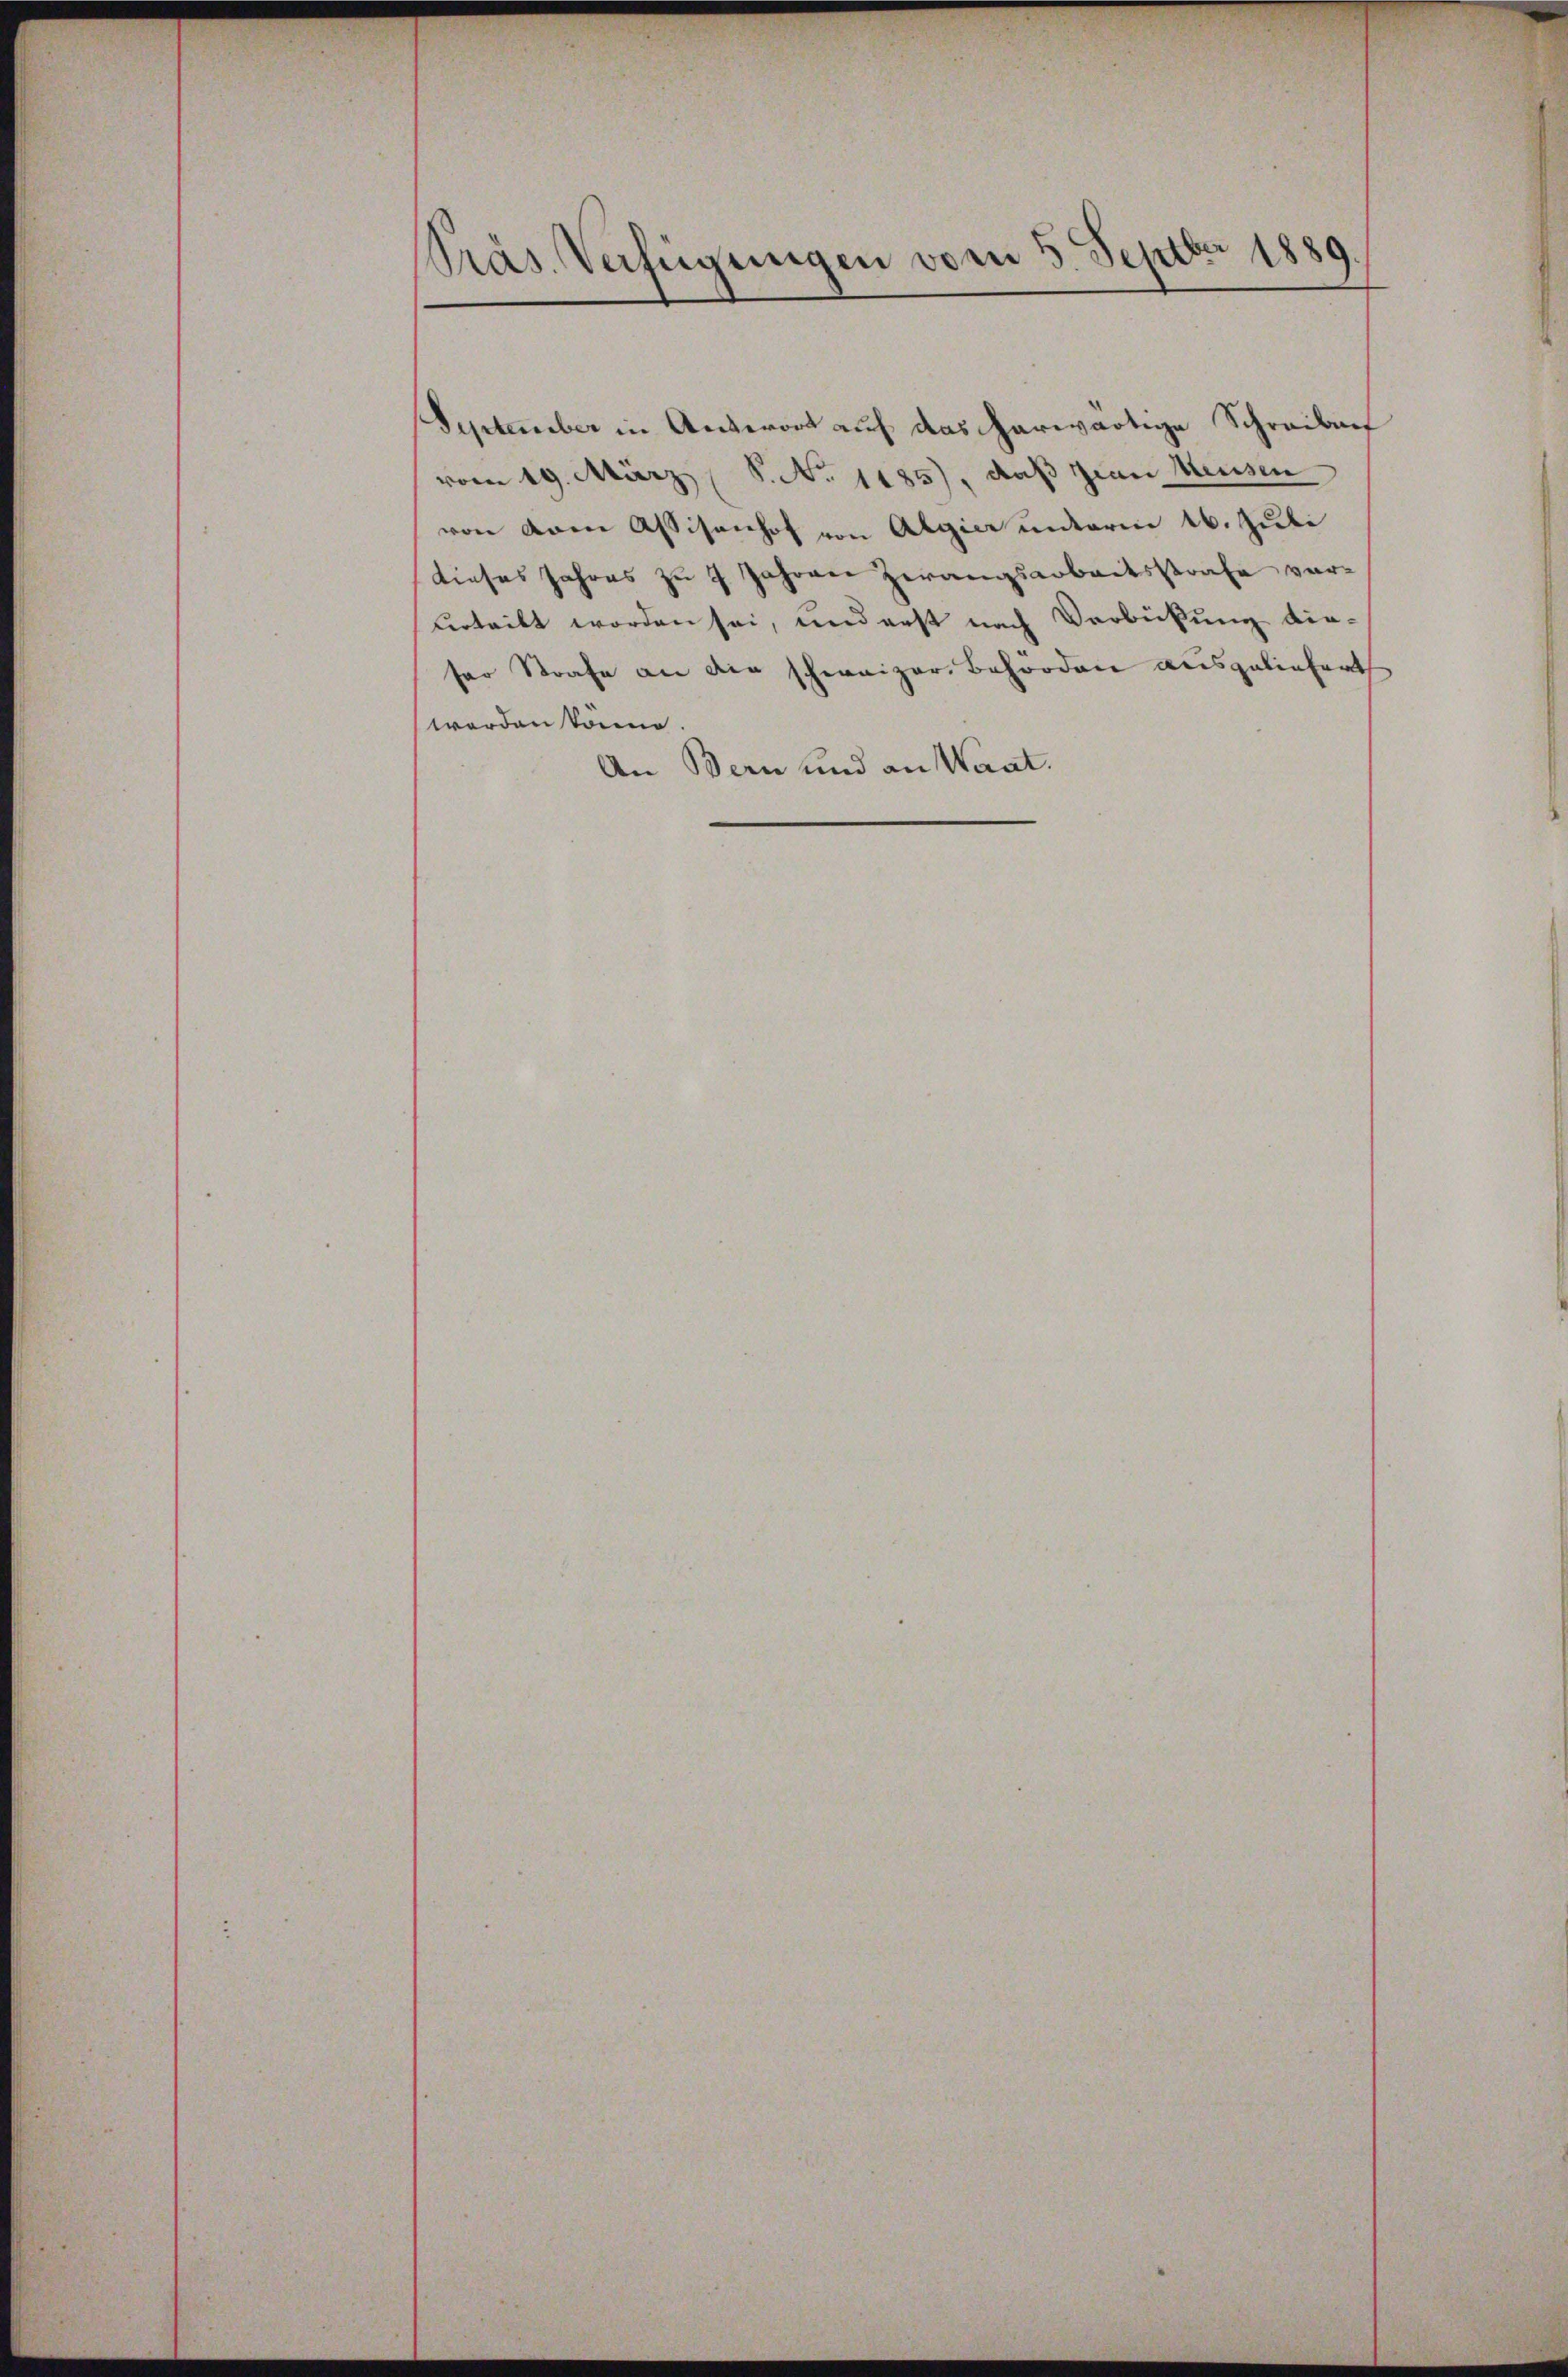
Präs. Verfügungen vom 5. Septbr 1889.

September in Antwort auf das herwärtige Schreiben
vom 19. März 8. No. 1185), daß zwar Neusen
von dem Assisenhof von Algier unterm 16. Juli
dieses Jahres zu 7 Jahren Zwangsarbeitsstrafe ververteilt worden sei, und erst nach Verbückung dieser Strafe an die schweizer. Behroden ausgeliefert
worden könne.
An Bern und an Waat.